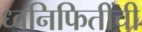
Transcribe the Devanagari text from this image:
ध्वनिफितींची